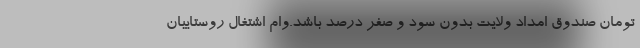
تومان صندوق امداد ولایت بدون سود و صفر درصد باشد.وام اشتغال روستاییان